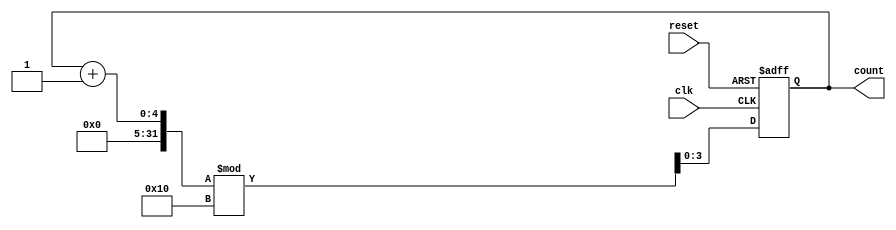
module binary_counter #(
    parameter N = 4  // Number of bits for the counter (2^N states)
) (
    input wire clk,      // Clock signal
    input wire reset,    // Asynchronous reset signal
    output reg [N-1:0] count // Current state of the counter
);

// State transition logic
always @(posedge clk or posedge reset) begin
    if (reset) begin
        count <= 0; // Reset the counter to 0
    end else begin
        count <= (count + 1) % (1 << N); // Increment and wrap around
    end
end

endmodule